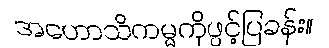
အဟောသိကမ္မကိုဖွင့်ပြခန်း။